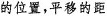
的位置，平移的距